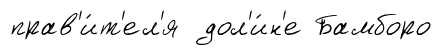
прав'и́т'ел'я дол'и́н'е Бамборо